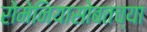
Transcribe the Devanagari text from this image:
रोमेनियासोबतच्या